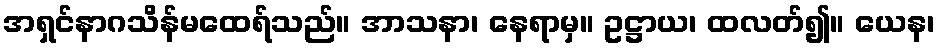
အရှင်နာဂသိန်မထေရ်သည်။ အာသနာ၊ နေရာမှ။ ဥဋ္ဌာယ၊ ထလတ်၍။ ယေန၊